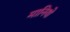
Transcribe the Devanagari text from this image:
मानियो